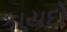
કાયદો